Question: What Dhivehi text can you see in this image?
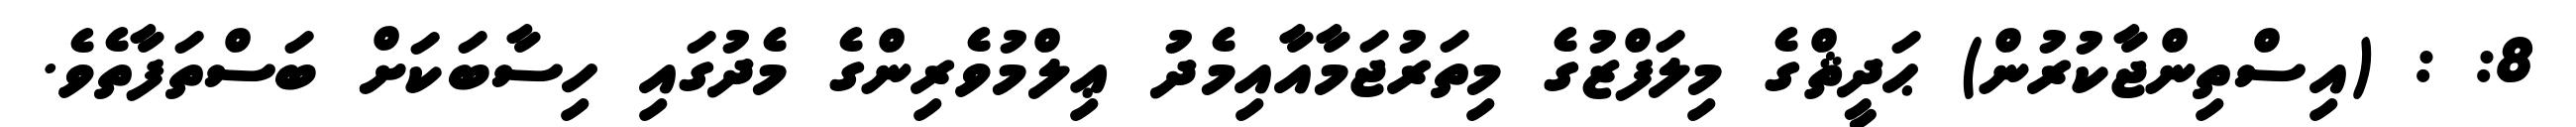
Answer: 8: : (އިސްތިންޖާކުރުން) ޙަދީޘްގެ މިލަފްޒުގެ މިތަރުޖަމާއާއިމެދު ޢިލްމުވެރިންގެ މެދުގައި ހިސާބަކަށް ބަސްތަފާތެވެ.